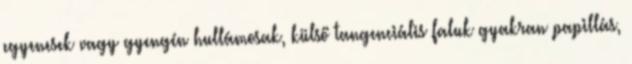
egyenesek vagy gyengén hullámosak, külső tangenciális faluk gyakran papillás,